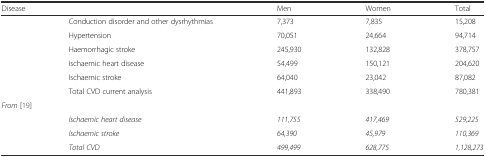
| <COLSPAN=2> Disease | Men | Women | Total |
 | --- | --- | --- | --- | --- |
 |  | Conduction disorder and other dysrhythmias | 7,373 | 7,835 | 15,208 |
 |  | Hypertension | 70,051 | 24,664 | 94,714 |
 |  | Haemorrhagic stroke | 245,930 | 132,828 | 378,757 |
 |  | Ischaemic heart disease | 54,499 | 150,121 | 204,620 |
 |  | Ischaemic stroke | 64,040 | 23,042 | 87,082 |
 |  | Total CVD current analysis | 441,893 | 338,490 | 780,381 |
 | <COLSPAN=5> From [19] |
 |  | Ischaemic heart disease | 111,755 | 417,469 | 529,225 |
 |  | Ischaemic stroke | 64,390 | 45,979 | 110,369 |
 |  | Total CVD | 499,499 | 628,775 | 1,128,273 |